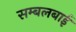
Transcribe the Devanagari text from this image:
सम्बलबाई